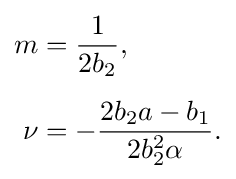
{\begin{aligned}m&={\frac {1}{2b_{2}}},\\[5pt]\nu &=-{\frac {2b_{2}a-b_{1}}{2b_{2}^{2}\alpha }}.\end{aligned}}